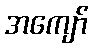
အကျော်